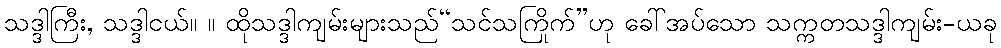
သဒ္ဒါကြီး, သဒ္ဒါငယ်။ ။ ထိုသဒ္ဒါကျမ်းများသည်“သင်သကြိုက်”ဟု ခေါ်အပ်သော သက္ကတသဒ္ဒါကျမ်း-ယခု